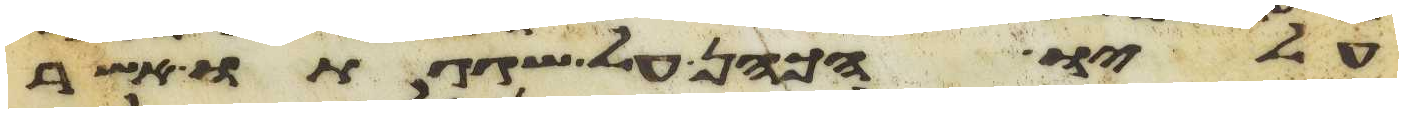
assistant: עליו הכהן על שגגתו אשר